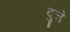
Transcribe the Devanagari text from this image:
दुत्ते